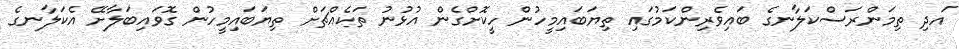
އަދި ތިމަންރަސްކަލާނގެ ބައިވެރިންކަމުގައި ތިޔަބައިމީހުން ހީކޮށްގެން އުޅުނު ތަކެއްޗަށް ތިޔަބައިމީހުން ގޮވައިބަލާށޭ އެކަލާނގެ